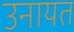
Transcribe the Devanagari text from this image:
उनायत